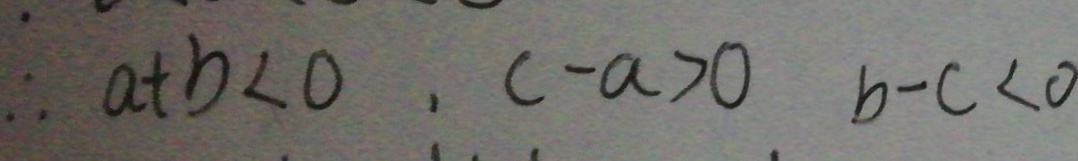
\therefore a + b < 0 , c - a > 0 b - c < 0